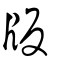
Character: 版